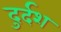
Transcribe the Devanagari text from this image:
दुर्दश